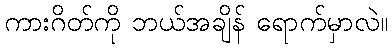
ကားဂိတ်ကို ဘယ်အချိန် ရောက်မှာလဲ။